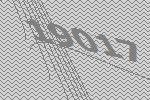
19017